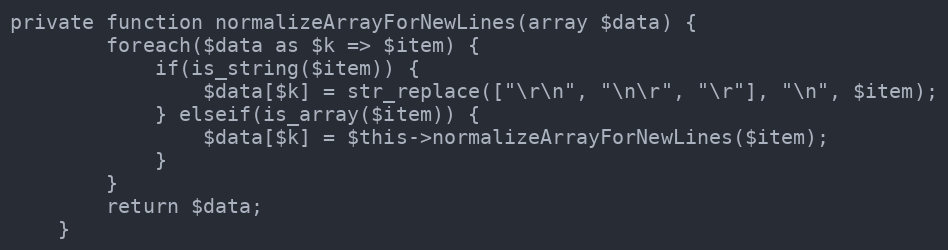
Language: PHP
private function normalizeArrayForNewLines(array $data) {
		foreach($data as $k => $item) {
			if(is_string($item)) {
				$data[$k] = str_replace(["\r\n", "\n\r", "\r"], "\n", $item);
			} elseif(is_array($item)) {
				$data[$k] = $this->normalizeArrayForNewLines($item);
			}
		}
		return $data;
	}